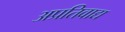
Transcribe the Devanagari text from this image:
अप्रतिवाद्य